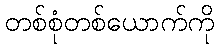
တစ်စုံတစ်ယောက်ကို